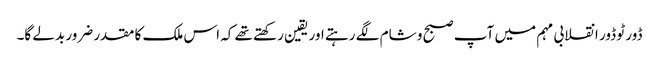
ڈور ٹو ڈور انقلابی مہم میں آپ صبح و شام لگے رہتے اور یقین رکھتے تھے کہ اس ملک کا مقدر ضرور بدلے گا۔